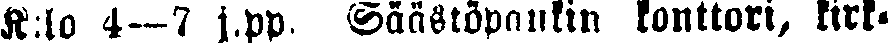
K:lo 4—7 j.pp. Säästöpankin, konttori, kirk-